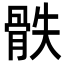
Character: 𩨰